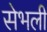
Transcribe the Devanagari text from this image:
सेभली